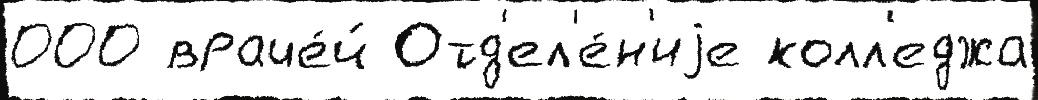
000 враче́й Отд'ел'е́н'иjе колл'еджа